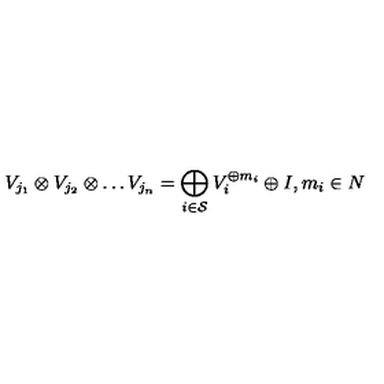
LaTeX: V _ { j _ { 1 } } \otimes V _ { j _ { 2 } } \otimes \ldots V _ { j _ { n } } = \bigoplus _ { i \in { \cal S } } V _ { i } ^ { \oplus m _ { i } } \oplus I , m _ { i } \in N